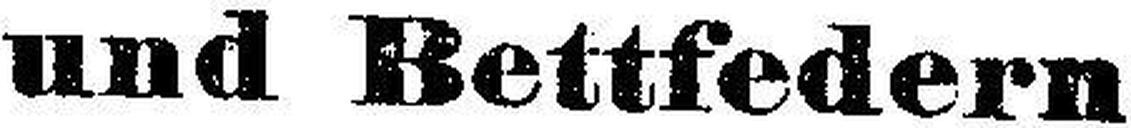
und Bettfedern